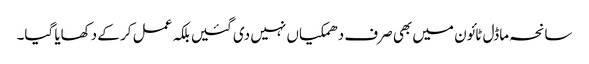
سانحہ ماڈل ٹائون میں بھی صرف دھمکیاں نہیں دی گئیں بلکہ عمل کر کے دکھایا گیا۔